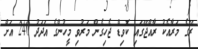
ރޭގެ މަރާއެކު ރާއްޖޭގައި ކޮވިޑް ޖެހިގެން މަރުވި މީހުންގެ އަދަދު 240 އަށް